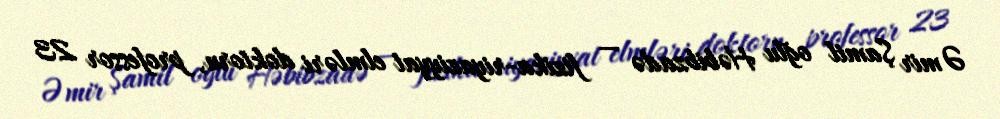
Əmir Şamil oğlu Həbibzadə — fizika-riyaziyyat elmləri doktoru, professor 23